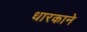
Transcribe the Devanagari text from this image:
धारकाने